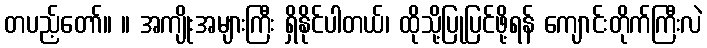
တပည့်တော်။ ။ အကျိုးအများကြီး ရှိနိုင်ပါတယ်၊ ထိုသို့ပြုပြင်ဖို့ရန် ကျောင်းတိုက်ကြီးလဲ